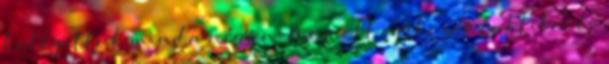
hallgattuk mind a négyen. Megvolt egy kezdő taktika, és